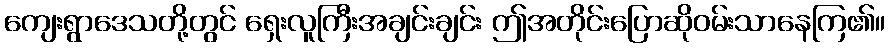
ကျေးရွာဒေသတို့တွင် ရှေးလူကြီးအချင်းချင်း ဤအတိုင်းပြောဆိုဝမ်းသာနေကြ၏။